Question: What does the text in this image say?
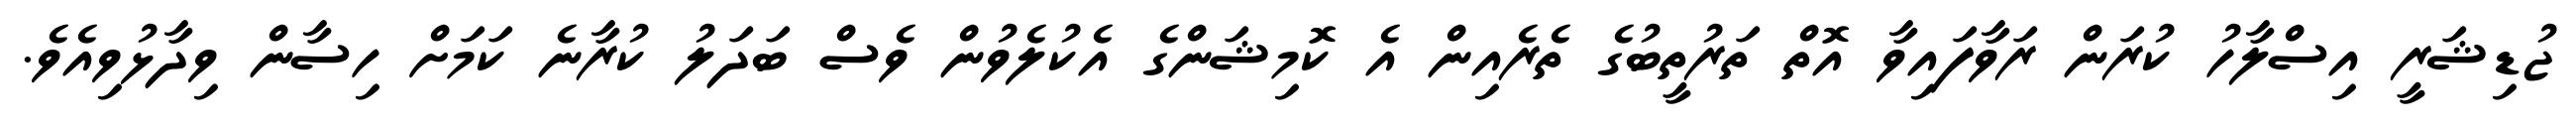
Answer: ޖުޑިޝަރީ އިސްލާހު ކުރަން ރަވާފައިވާ އޮތް ތަރުތީބުގެ ތެރެއިން އެ ކޮމިޝަންގެ އެކުލެވުން ވެސް ބަދަލު ކުރާނެ ކަމަށް ހިސާން ވިދާޅުވިއެވެ.